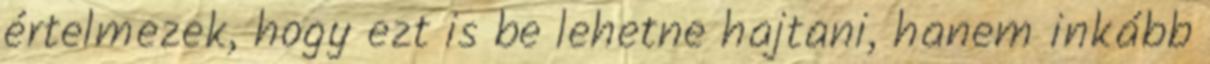
értelmezek, hogy ezt is be lehetne hajtani, hanem inkább